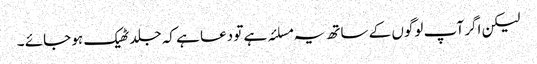
لیکن اگر آپ لوگوں کے ساتھ یہ مسلئہ ہے تو دعا ہے کہ جلد ٹھیک ہو جائے ۔